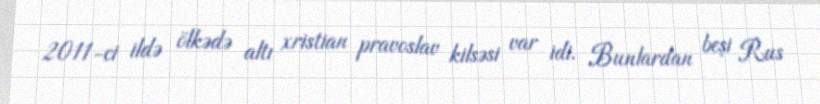
2011-ci ildə ölkədə altı xristian pravoslav kilsəsi var idi. Bunlardan beşi Rus